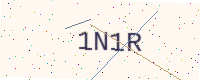
Text: 1N1R